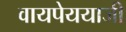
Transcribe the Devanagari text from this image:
वायपेययाजी